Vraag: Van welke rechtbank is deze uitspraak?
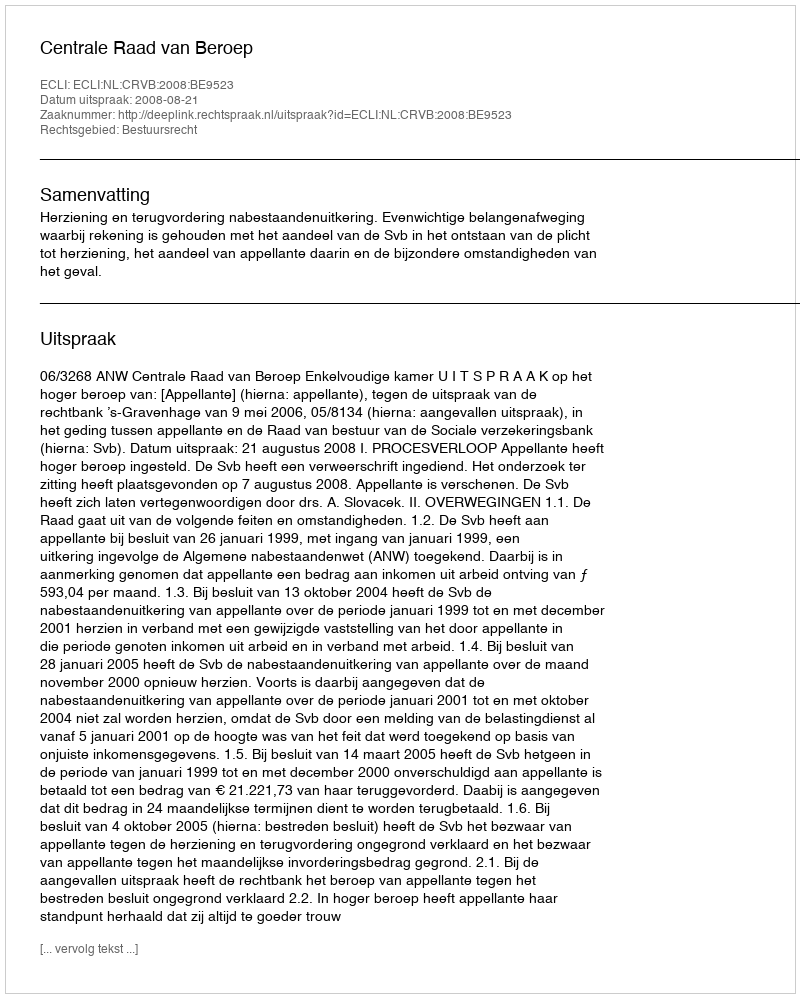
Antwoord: Centrale Raad van Beroep